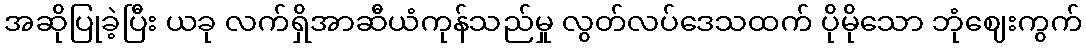
အဆိုပြုခဲ့ပြီး ယခု လက်ရှိအာဆီယံကုန်သည်မှု လွတ်လပ်ဒေသထက် ပိုမိုသော ဘုံဈေးကွက်